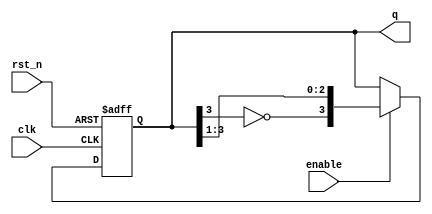
module johnson_counter #(
    parameter N = 4  // Number of stages (flip-flops)
) (
    input wire clk,            // Clock input
    input wire rst_n,         // Asynchronous reset (active low)
    input wire enable,        // Enable for counting
    output reg [N-1:0] q      // Output current state of the counter
);

    // Internal signal for the feedback mechanism
    wire feedback;

    // Assign feedback from the last flip-flop (inverted)
    assign feedback = ~q[N-1];

    // Synchronous process
    always @(posedge clk or negedge rst_n) begin
        if (!rst_n) begin
            // Asynchronous reset
            q <= 0;  // Set all flip-flops to zero
        end else if (enable) begin
            // Update state based on feedback
            q <= {feedback, q[N-1:1]};
        end
    end

endmodule